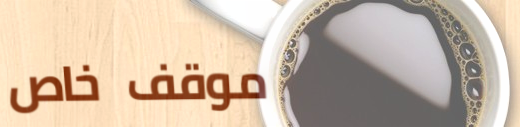
موقف خاص